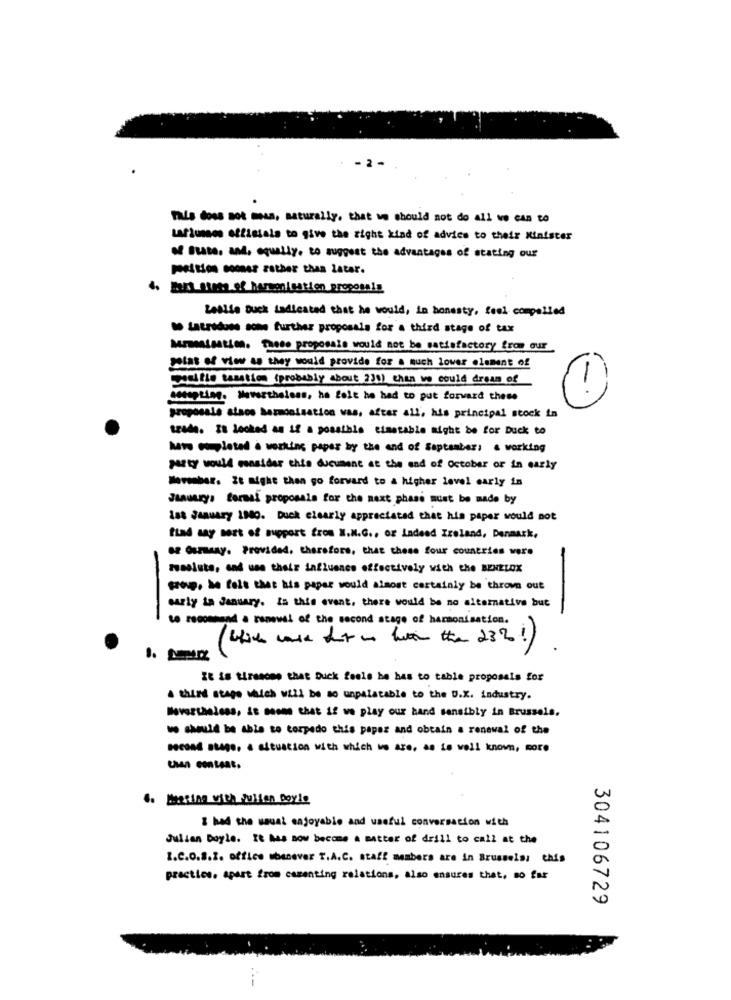
- 2
This does not mean, naturally, that we should not do all ve can to
Laflunes effisials to give the right kind of advice to their Minister
of Bata. and, equally. to suggest the advantages of stating our
position comes rather than later.
4. Bara stets ef harmonisation proposals
Zabie Buck indicated that he would, in honesty, feel compelled
mo Latridoes some further proposals for a third stage of tax
Mammaisation. These proposals would not be satisfactory from our
point of view as they would provide for . much lower element of
Dette tasation (probably about 230) than we could dream of
-
seeoptim. Nevertheless, he felt he had to put forward these
pregosale alaos Sermonisation was, after all, his principal stock in
trade. IS locked as if a possible timetable might be for Duck to
hate oupleted à working paper by the end of Saptaaber; . working
party would consider this ducument at the end of October or in early
-her. It Might then go forward to a higher level early in
Januarys formal proposals for the next phase must be made by
la8 January 1980. Duck clearly appreciated that his paper would not
tind say sort of support from N.M.G ., or indeed Ireland, Denmark,
se Osry. Provided. therefore, that these four countries were
mussists, and use their influence effectively with the BENELOX
group, he felt that his paper would almost certainly be thrown out
early in January. Is this event, there would be no alternative but
-
-
to recommend a renewal of the second stage of harmonisation.
( white walk out in hetin the 232!)
.
1. -
It is tiresome that Duck fools be has to table proposals for
A third stage which will be so unpalatable to the U.X. industry.
Nevertheless, it seems that if we play our band sensibly in Brussels,
ve should be able to torpedo this paper and obtain a renewal of the
second stage, a situation with which we are, as is well known, more
Usan content.
.. Meeting with Julien Doyle
& had the usual enjoyable and useful conversation with
Julian Doyle. It has now become a matter of drill to call at the
I.C.O.8.2. office ubenever T.A.C. staff members are in Brussels: this
practice. apart from camenting relations, also ensures that, so far
304106729
--